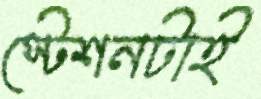
স্টেশনটাই